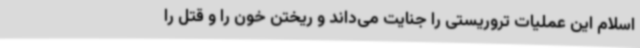
اسلام این عملیات تروریستی را جنایت می‌داند و ریختن خون را و قتل را